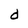
Character: d